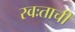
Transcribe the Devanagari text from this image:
स्वःताची